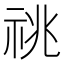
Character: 祧